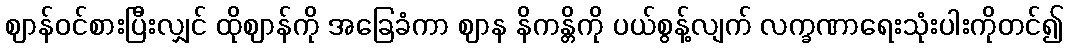
ဈာန်ဝင်စားပြီးလျှင် ထိုဈာန်ကို အခြေခံကာ ဈာန နိကန္တိကို ပယ်စွန့်လျက် လက္ခဏာရေးသုံးပါးကိုတင်၍